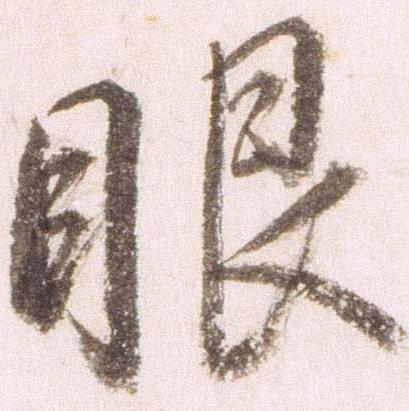
眼